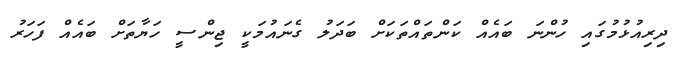
ދިރިއުޅުމުގައި ހުންނަ ބައެއް ކަންތައްތަކަށް ބަދަލު ގެނައުމަކީ ޖިންސީ ހަޔާތަށް ބައެއް ފަހަރު